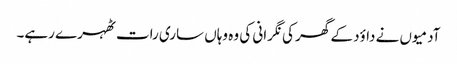
آدمیوں نے داؤد کے گھر کی نگرانی کی وہ وہاں ساری رات ٹھہرے رہے۔